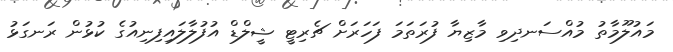
މައުލޫމާތު މުއްސަނދިވި މާޒިޔާ ފުރަތަމަ ފަހަރަށް ޗެރިޓީ ޝީލްޑް އުފުލާލައިފިނިއުގެ ކުޅުން ރަނގަޅު